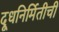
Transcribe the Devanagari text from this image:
दूधनिर्मितीची